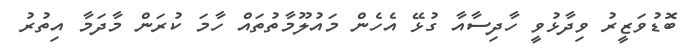
ބޮޑުވަޒީރު ވިދާޅުވީ ހާދިސާއާ ގުޅޭ އެހެން މައުލޫމާތުތައް ހާމަ ކުރަން މާދަމާ އިތުރު